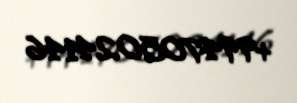
+994705024146